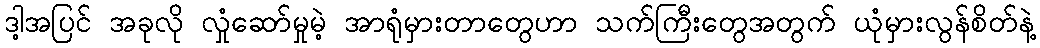
ဒါ့အပြင် အခုလို လှုံဆော်မှုမဲ့ အာရုံမှားတာတွေဟာ သက်ကြီးတွေအတွက် ယုံမှားလွန်စိတ်နဲ့